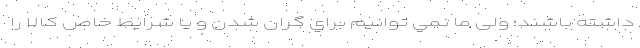
داشته باشند؛ ولی ما نمي توانيم براي گران شدن و يا شرايط خاص كالا را